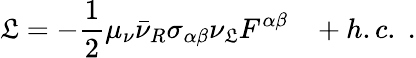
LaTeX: \mathfrak{L}=-\frac{{1}}{{2}}\mu_{\nu}\bar{{\nu}}_{R}\sigma_{\alpha\beta}\nu_{\mathfrak{L}}F^{\alpha\beta}\; \; \; +h.c.\; .